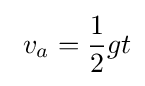
\ v_{a}={\frac {1}{2}}gt